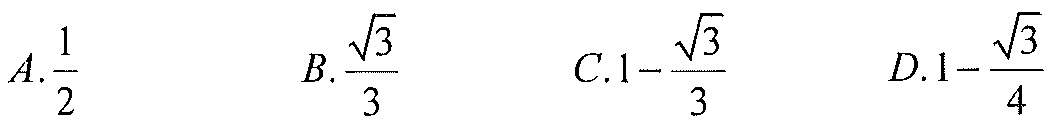
\(A.\frac{1}{2}\)  \(B.\frac{\sqrt{3}}{3}\)  \(C.1 - \frac{\sqrt{3}}{3}\)  \(D.1 - \frac{\sqrt{3}}{4}\)